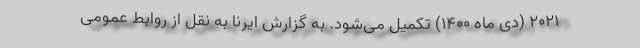
۲۰۲۱ (دی ماه ۱۴۰۰) تکمیل می‌شود. به گزارش ایرنا به نقل از روابط عمومی